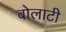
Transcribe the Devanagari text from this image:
बोलाटी